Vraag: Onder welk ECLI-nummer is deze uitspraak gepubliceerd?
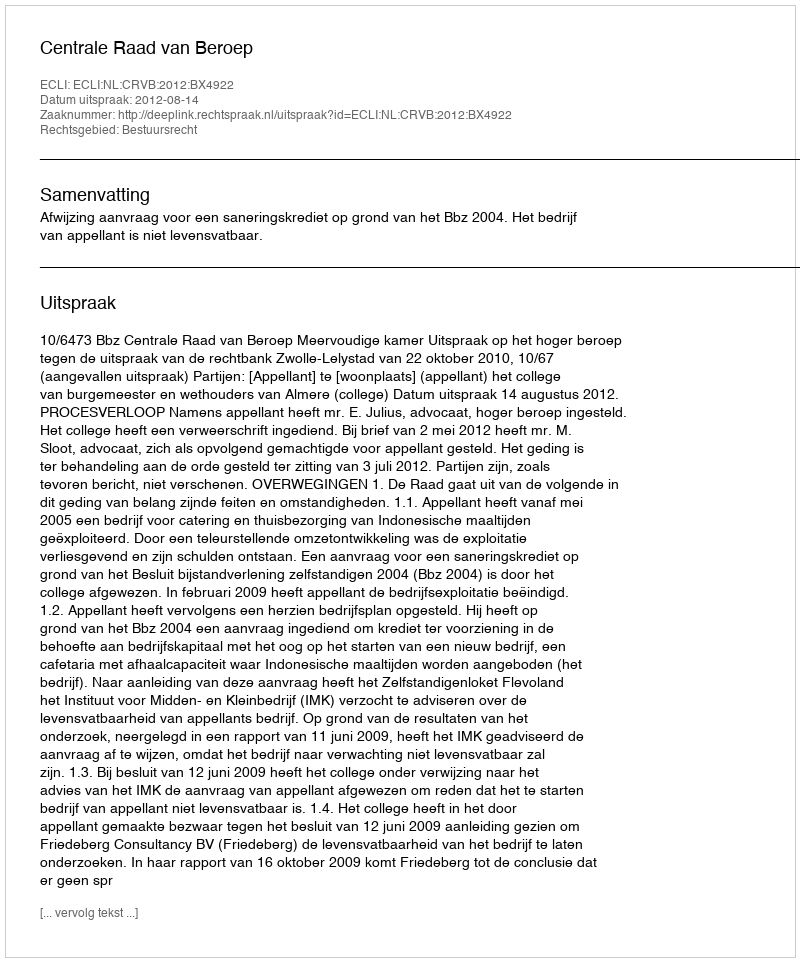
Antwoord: ECLI:NL:CRVB:2012:BX4922